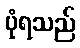
ပုံရသည်